Report on vaccination in Madras 1904-1921 - 1904-1921
Year: 1904
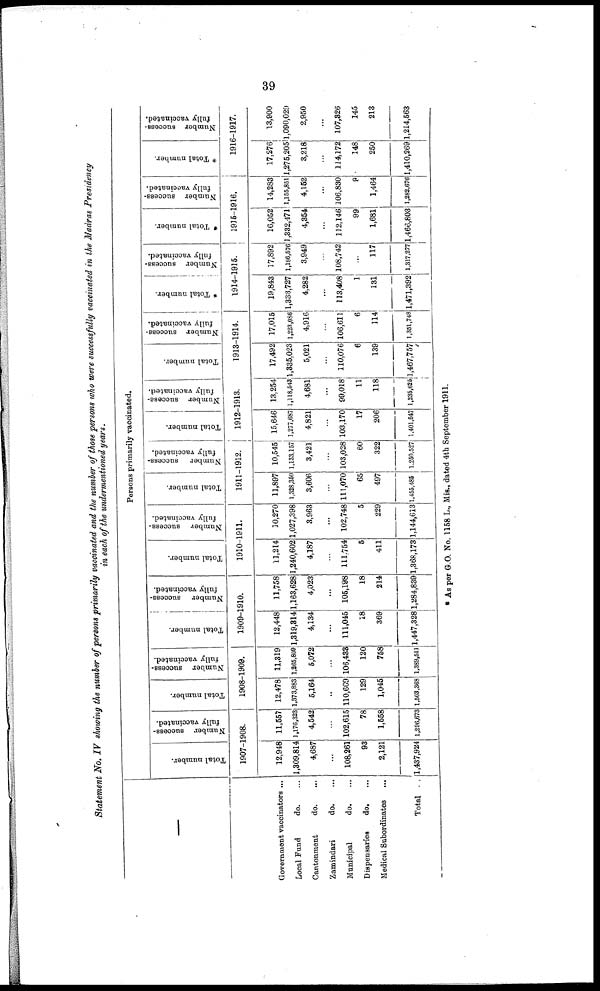
39
Statement No. IV showing the number of persons primarily vaccinated and the number of those persons who were successfully vaccinated in the Madras Presidency
in each of the undermentioned years.
—
Government vaccinators ...
Local Fund
do. ...
Cantonment
do. ...
Zamindari
do. ...
Municipal
do. ...
Dispensaries
do. ...
Medical Subordinates ...
Total ...
Persons primarily vaccinated.
Total number.
Number success-
fully vaccinated.
1907-1908.
12,948
1,309,814
4,687
...
108,261
93
2,121
1,437,924
11,557
1,176,323
4,542
...
102,615
78
1,558
1,296,673
Total number.
Number success-
fully vaccinated.
1908-1909.
12,478
1,373,883
5,164
...
110,669
129
1,045
1,503,368
11,319
1,265,809
5,072
...
106,433
120
758
1,389,511
Total number.
Number success-
fully vaccinated.
1909-1910.
12,448
1,319,814
4,134
...
111,045
18
369
1,447,328
11,758
1,163,628
4,023
...
105,198
18
214
1,284,839
Total number.
Number success-
fully vaccinated.
1910-1911.
11,214
1,240,602
4,187
...
111,754
5
411
1,368,173
10,270
1,027,398
3,963
...
102,748
5
229
1,144,613
Total number.
Number success-
fully vaccinated.
1911-1912.
11,897
1,328,350
3,606
...
111,070
65
497
1,455,485
10,545
1,133,157
3,421
...
103,028
60
322
1,250,527
Total number.
Number success-
fully vaccinated.
1912-1913.
15,646
1,277,687
4,821
...
103,170
17
206
1,401,547
13,254
1,118,543
4,681
...
99,018
11
118
1,235,625
Total number.
Number success-
fully vaccinated.
1913-1914.
17,492
1,335,023
5,021
...
110,076
6
139
1,467,757
17,015
1,223,086
4,916
...
106,611
6
114
1,361,748
* Total number.
Number success-
fully vaccinated.
1914-1915.
19,843
1,333,727
4,282
...
113,408
1
131
1,471,392
17,892
1,186,576
3,949
...
108,742
...
117
1,317,277
* Total number.
Number success-
fully vaccinated.
1915-1916.
16,052
1,332,471
4,354
...
112,146
99
1,681
1,466,803
14,283
1,155,851
4,152
...
106,830
8
1,464
1,282,676
* Total number.
Number success-
fully vaccinated.
1916-1917.
17,276
1,275,205
3,218
...
114,172
148
250
1,410,269
13,900
1,090,029
2,950
...
107,826
145
213
1,214,563
* As per G.O. No. 1158 L., Mis., dated 4th September 1911.